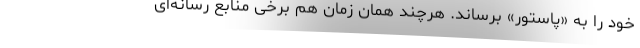
خود را به «پاستور» برساند. هرچند همان زمان هم برخی منابع رسانه‌ای